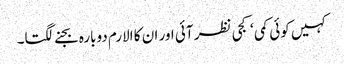
کہیں کوئی کمی ‘کجی نظر آئی اور ان کا الارم دوبارہ بجنے لگتا۔